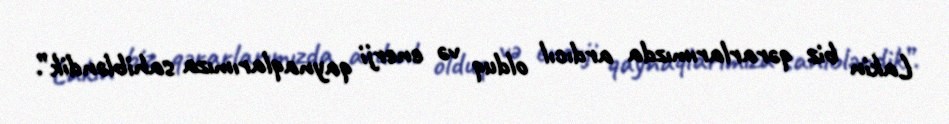
Lakin biz qərarlarımızda ardıcıl olduq və enerji qaynaqlarımıza sahibləndik”.